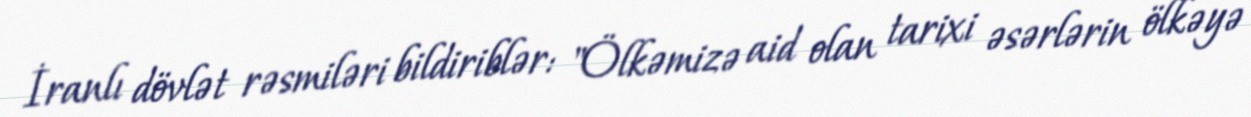
İranlı dövlət rəsmiləri bildiriblər: "Ölkəmizə aid olan tarixi əsərlərin ölkəyə